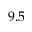
9 . 5